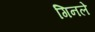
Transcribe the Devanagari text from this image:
गिनले